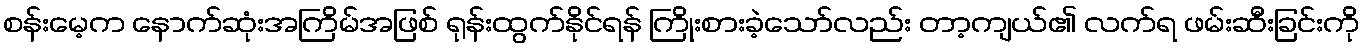
စန်းမေ့က နောက်ဆုံးအကြိမ်အဖြစ် ရုန်းထွက်နိုင်ရန် ကြိုးစားခဲ့သော်လည်း တာ့ကျယ်၏ လက်ရ ဖမ်းဆီးခြင်းကို